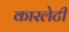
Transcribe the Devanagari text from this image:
कारलेटी